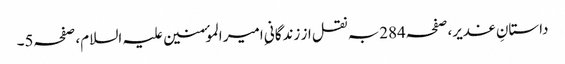
داستانِ غدیر،صفحہ284بہ نقل از زندگانیِ امیر الموٴمنین علیہ السلام، صفحہ5۔